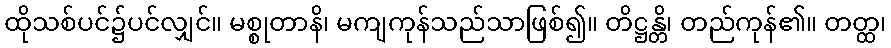
ထိုသစ်ပင်၌ပင်လျှင်။ မစ္စုတာနိ၊ မကျကုန်သည်သာဖြစ်၍။ တိဋ္ဌန္တိ၊ တည်ကုန်၏။ တတ္ထ၊